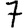
Digit: 7